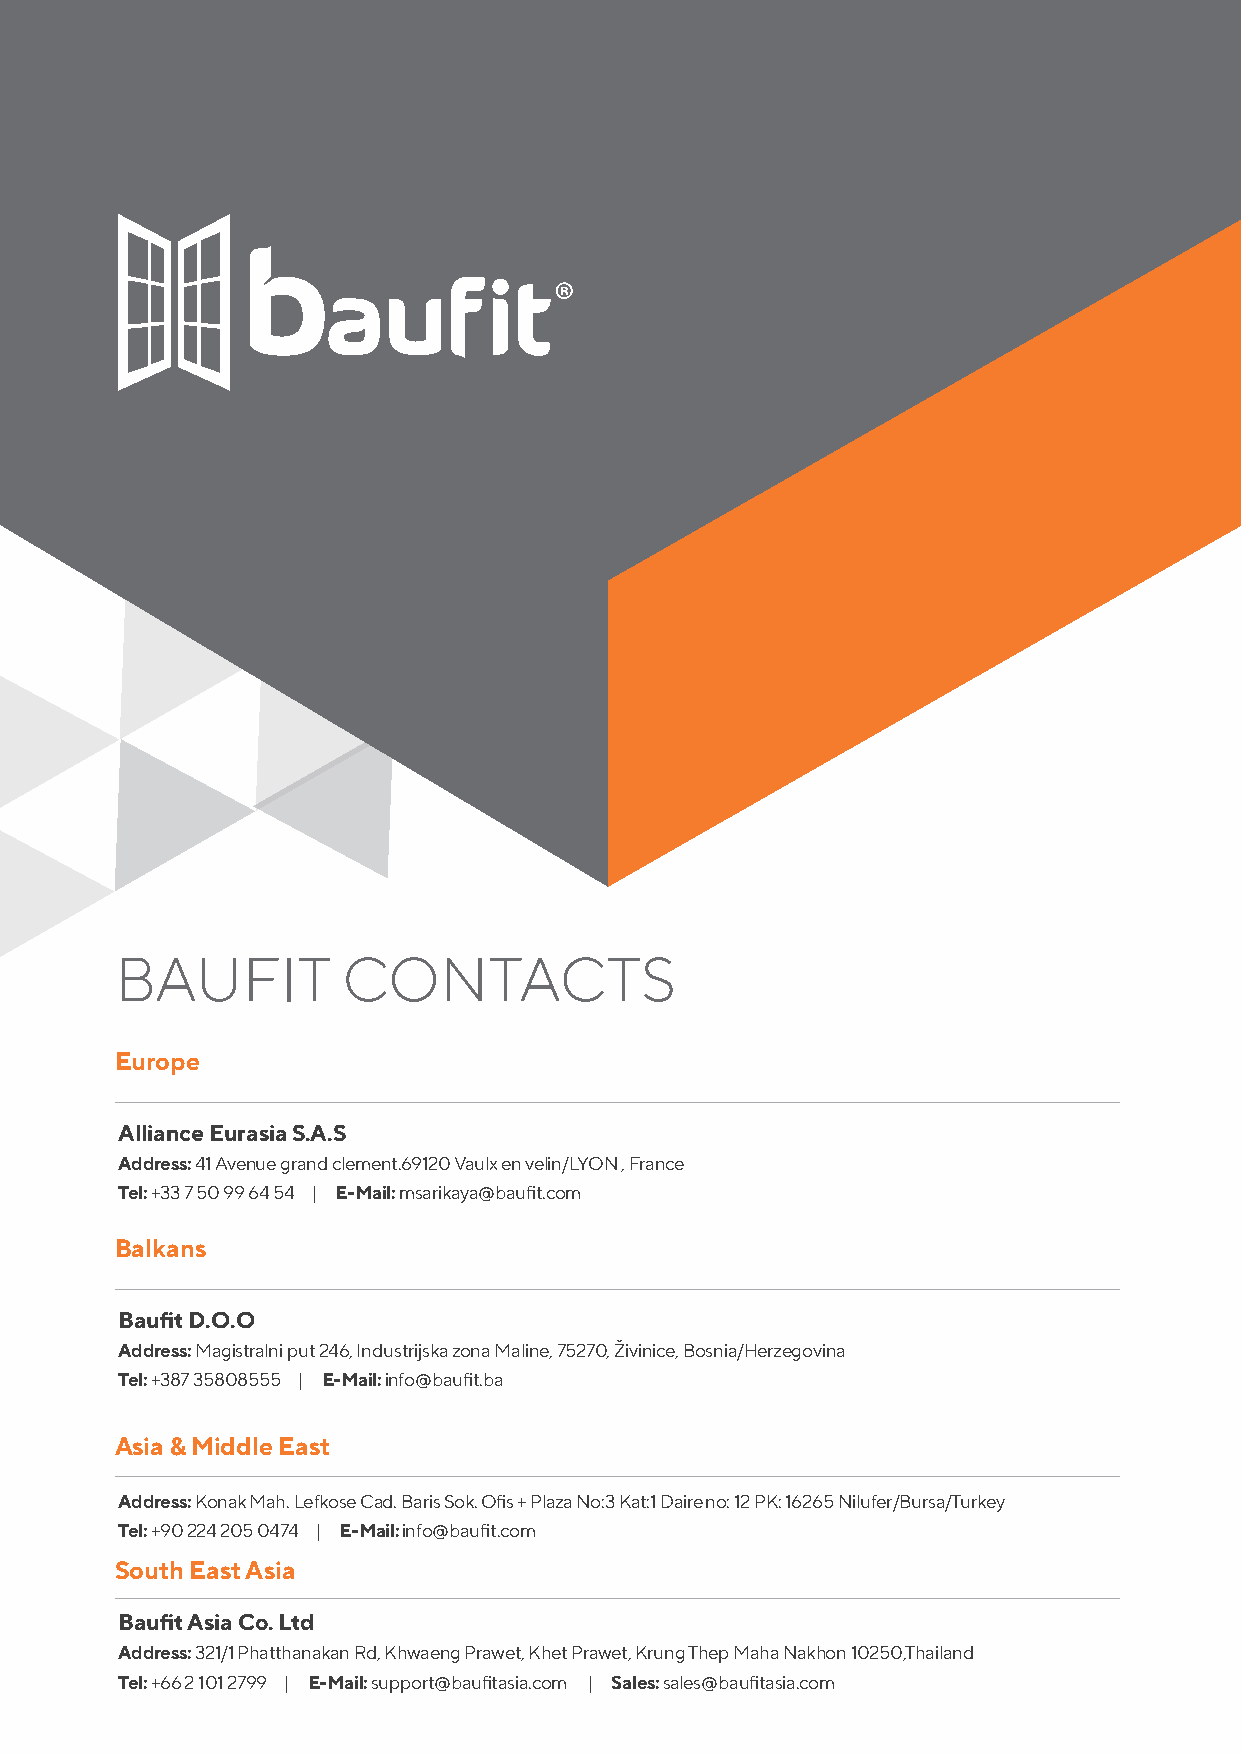
BAUFIT         CONTACTS
 Europe
 Alliance Eurasia S.A.S
 Address: 41 Avenue grand clement.69120 Vaulx en velin/LYON , France
 Tel: +33 7 50 99 64 54 | E-Mail: msarikaya@baufit.com
 Balkans
 Baufit D.O.O
 Address: Magistralni put 246, Industrijska zona Maline, 75270, Živinice, Bosnia/Herzegovina
 Tel: +387 35808555 | E-Mail: info@baufit.ba
 Asia & Middle East
 Address: Konak Mah. Lefkose Cad. Baris Sok. Ofis + Plaza No:3 Kat:1 Daire no: 12 PK: 16265 Nilufer/Bursa/Turkey
 Tel: +90 224 205 0474 | E-Mail: info@baufit.com
 South East Asia
 Baufit Asia Co. Ltd
 Address: 321/1 Phatthanakan Rd, Khwaeng Prawet, Khet Prawet, Krung Thep Maha Nakhon 10250,Thailand
 Tel: +66 2 101 2799 | E-Mail: support@baufitasia.com | Sales: sales@baufitasia.com